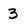
Character: 3